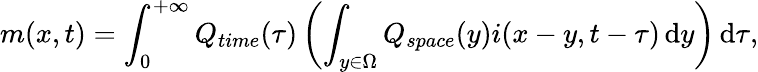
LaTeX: m(x,t)=\int_{0}^{+\infty}Q_{time}(\tau)\left(\int_{y\in\Omega}Q_{space}(y)i(x-y,t-\tau)\mathop{}\! \mathrm{d}y\right)\mathop{}\! \mathrm{d}\tau,